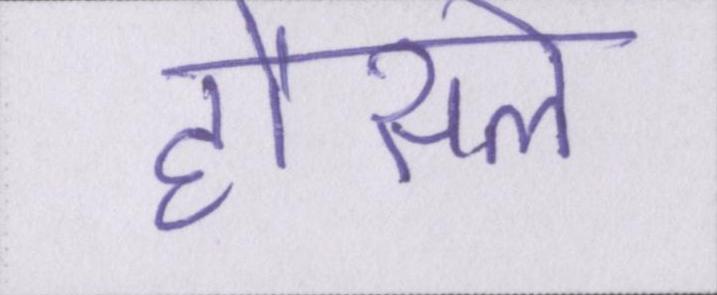
हौसले